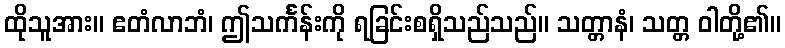
ထိုသူအား။ ဧတံလာဘံ၊ ဤသင်္ကန်းကို ရခြင်းစရှိသည်သည်။ သတ္တာနံ၊ သတ္တ ဝါတို့၏။